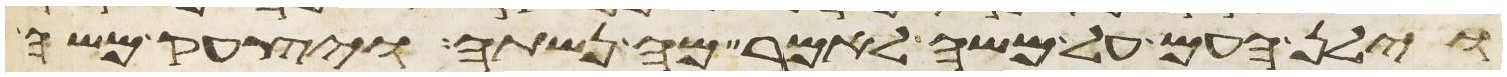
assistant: וילן העם על משה לאמר מה נשתה ויצעק משה